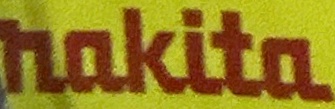
nakita